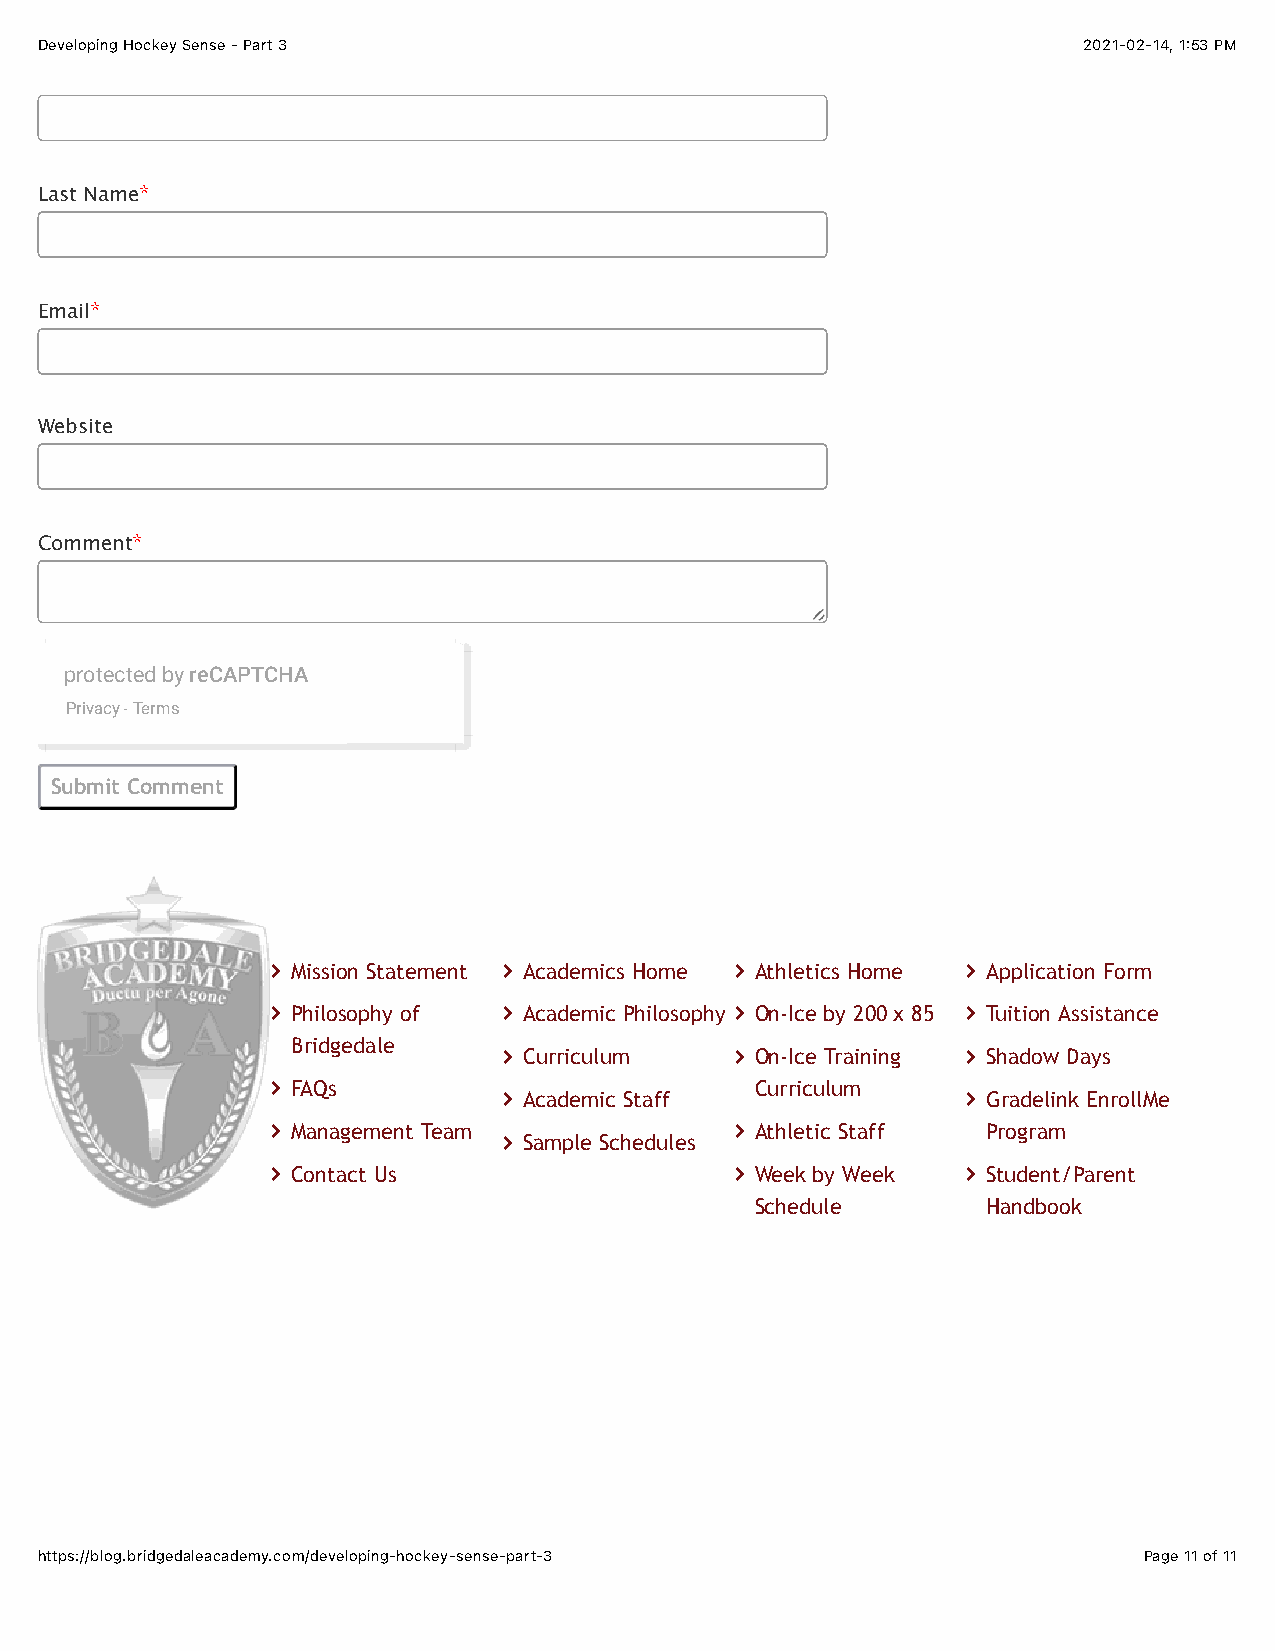
Developing Hockey Sense - Part 3                                      2021-02-14, 1:53 PM
 Last Name*
 Email*
 Website
 Comment*
 protected by reCAPTCHA
 Privacy - Terms
 Submit Comment
 About us:      Academics:     Athletics:      Admissions:
 $ Mission Statement $ Academics Home $ Athletics Home $ Application Form
 $ Philosophy of $ Academic Philosophy $ On-Ice by 200 x 85 $ Tuition Assistance
 Bridgedale
 $ Curriculum    $ On-Ice Training $ Shadow Days
 $ FAQs                          Curriculum
 $ Academic Staff               $ Gradelink EnrollMe
 $ Management Team              $ Athletic Staff Program
 $ Sample Schedules
 $ Contact Us                   $ Week by Week $ Student/Parent
 Schedule       Handbook
 © Copyright 2014-2021 Bridgedale Academy                           Powered by - Tasty CMS
 https://blog.bridgedaleacademy.com/developing-hockey-sense-part-3         Page 11 of 11